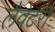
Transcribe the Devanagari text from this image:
लैवेटरी